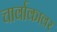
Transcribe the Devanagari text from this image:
चार्वाकावर